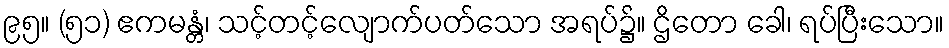
၉၅။ (၅၁) ဧကမန္တံ၊ သင့်တင့်လျောက်ပတ်သော အရပ်၌။ ဌိတော ခေါ၊ ရပ်ပြီးသော။